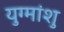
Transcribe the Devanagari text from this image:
युग्मांशु